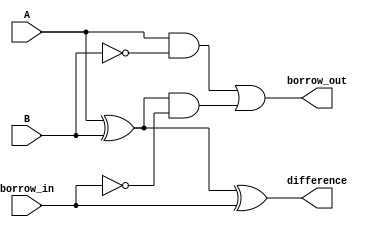
module gate_level_subtractor(
    input A,
    input B,
    input borrow_in,
    output difference,
    output borrow_out
);

wire xor_output;
wire and_output;
wire inverted_borrow_in;

assign xor_output = A ^ B;
assign and_output = A & ~B;
assign inverted_borrow_in = ~borrow_in;

assign difference = xor_output ^ borrow_in;
assign borrow_out = and_output | (xor_output & inverted_borrow_in);

endmodule